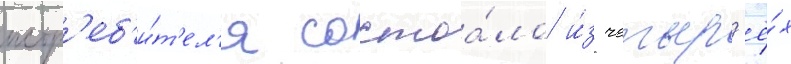
истр'еб'и́т'ел'я состоа́ло и́з четыр'ё́х